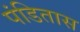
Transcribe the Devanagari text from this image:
पंडितास